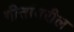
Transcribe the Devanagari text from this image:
गीतांवरील